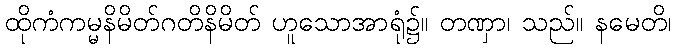
ထိုကံကမ္မနိမိတ်ဂတိနိမိတ် ဟူသောအာရုံ၌။ တဏှာ၊ သည်။ နမေတိ၊